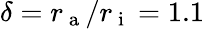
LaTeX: \delta=r_{\mathrm{~a~}}/r_{\mathrm{~i~}}=1.1